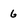
Character: 6